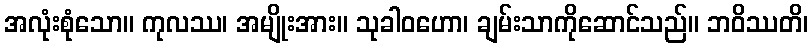
အလုံးစုံသော။ ကုလဿ၊ အမျိုးအား။ သုခါဝဟော၊ ချမ်းသာကိုဆောင်သည်။ ဘဝိဿတိ၊